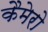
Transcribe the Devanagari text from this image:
कैमेरो